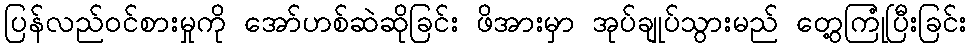
ပြန်လည်ဝင်စားမှုကို အော်ဟစ်ဆဲဆိုခြင်း ဖိအားမှာ အုပ်ချုပ်သွားမည် တွေ့ကြုံပြီးခြင်း